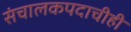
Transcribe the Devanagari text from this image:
संचालकपदाचीही